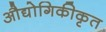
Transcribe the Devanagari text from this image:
औद्योगिकीकृत